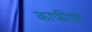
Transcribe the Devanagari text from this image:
काफीयां